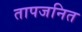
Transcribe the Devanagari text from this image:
तापजनित